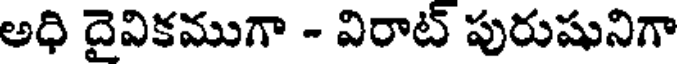
అధి దైవికముగా - విరాట్ పురుషునిగా